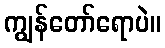
ကျွန်တော်ရောပဲ။